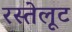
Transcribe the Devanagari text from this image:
रस्तेलूट